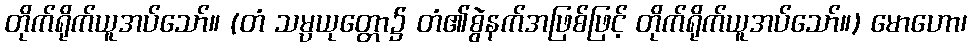
တိုက်ရိုက်ယူအပ်သော်။ (တံ သမ္ပယုတ္တော၌ တံ၏စွဲနက်အဖြစ်ဖြင့် တိုက်ရိုက်ယူအပ်သော်။) မောဟော၊